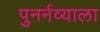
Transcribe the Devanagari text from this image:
पुनर्नव्याला